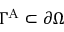
\Gamma ^ { \mathrm { A } } \subset \partial \Omega